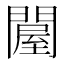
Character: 𨵱